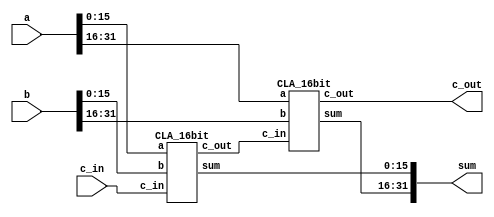
`timescale 1ps/1ps

module Add(input[31:0] a, input[31:0] b, input c_in, output[31:0] sum, output c_out);

	wire c_out1;        
	CLA_16bit CLA1 (.a(a[15:0]), .b(b[15:0]), .c_in(c_in), .sum(sum[15:0]), .c_out(c_out1));
	CLA_16bit CLA2 (.a(a[31:16]), .b(b[31:16]), .c_in(c_out1), .sum(sum[31:16]), .c_out(c_out));

endmodule



module CLA_16bit(input [15:0] a, input [15:0] b, input c_in, output [15:0] sum, output c_out);
   
    parameter k = 1'b1;
    wire [3:0] p, g, c;

    CLA_4bit cla1(.a(a[3:0]), .b(b[3:0]), .c_in(c_in), .sum(sum[3:0]), .c_out(), .P(p[0]), .G(g[0]));
    CLA_4bit cla2(.a(a[7:4]), .b(b[7:4]), .c_in(c[1]), .sum(sum[7:4]), .c_out(), .P(p[1]), .G(g[1]));
    CLA_4bit cla3(.a(a[11:8]), .b(b[11:8]), .c_in(c[2]), .sum(sum[11:8]), .c_out(), .P(p[2]), .G(g[2]));
    CLA_4bit cla4(.a(a[15:12]), .b(b[15:12]), .c_in(c[3]), .sum(sum[15:12]), .c_out(), .P(p[3]), .G(g[3]));

    lookahead_carry_unit lcu(.p(p), .g(g), .c_in(c_in), .c(c), .c_out(c_out));
endmodule


module CLA_4bit(input [3:0] a,input [3:0] b, input c_in, output [3:0] sum, output c_out, P, G);

    wire [3:0] p, g;       
    wire [3:0] c;          

    assign p = a ^ b;       // assign values to propagate bits
    assign g = a & b;       // assign values to generate bits

    // compute the carry bits
    assign c[0] = c_in;
    assign c[1] = g[0] | (p[0] & c_in);
    assign c[2] = g[1] | (p[1] & g[0]) | (p[1] & p[0] & c_in);
    assign c[3] = g[2] | (p[2] & g[1]) | (p[2] & p[1] & g[0]) | (p[2] & p[1] & p[0] & c_in);

    // compute the sum
    assign sum = p ^ c;

    // compute block propagate and generate for the next level
    assign P = p[3] & p[2] & p[1] & p[0];
    assign G = g[3] | (p[3] & g[2]) | (p[3] & p[2] & g[1]) | (p[3] & p[2] & p[1] & g[0]);
    
    // assign c_out
    assign c_out = G + (P & c_in);
endmodule





module lookahead_carry_unit(input [3:0] p, input [3:0] g, input c_in, output [3:0] c, output c_out);

    assign c[0] = c_in;
    assign c[1] = g[0] | (p[0] & c[0]);
    assign c[2] = g[1] | (p[1] & g[0]) | (p[1] & p[0] & c[0]);
    assign c[3] = g[2] | (p[2] & g[1]) | (p[2] & p[1] & g[0]) | (p[2] & p[1] & p[0] & c[0]);
    assign c_out = g[3] | (p[3] & g[2]) | (p[3] & p[2] & g[1]) | (p[3] & p[2] & p[1] & g[0]) | (p[3] & p[2] & p[1] & p[0] & c[0]);

endmodule




module Shifter(
	input signed [31:0] a, 
	input  shiftamt,
	input op1, 
	input op2,
	output reg [31:0] res
   );
	 
	// if op1 == 0 && op2 == 0, then it corresponds to shll
	// if op1 == 1 && op2 == 0, then it corresponds to shrl
	// if op1 == 0 && op2 == 1, then it corresponds to shra
  	// if op1 == 1 && op2 == 1, then it corresponds to shla
  	
	
	always @(*)
		begin
			if(!op1 && !op2) 
			begin
				res = a << shiftamt;
			end
			else if(op1 && !op2)
			begin
				res = a >> shiftamt;
			end
			else if(!op1 && op2)
			begin
				res = a >>> shiftamt;
			end
			else
			begin
				res = a<<< shiftamt;
			end
		end
endmodule




module adder(
    input wire [31:0] a,
    input wire [31:0] b,
    output wire [31:0] out
);
    assign out = a + b;
endmodule





module ALU(input signed[31:0] a, input signed[31:0] b, input[3:0] ALUSel,input wire en,output reg[31:0] result);

	wire[31:0] adderRes;
  	wire[31:0] subRes;
	wire[31:0] xorRes;
	wire[31:0] andRes;
	wire[31:0] shiftRes;
  	wire[31:0] orRes;
 	wire [31:0] notRes;
	wire carry_out1;
  	wire carry_out2;
	wire[31:0] onesComp;

	// for addition
  Add add1(.a(a), .b(b), .c_in(1'b0), .sum(adderRes), .c_out(carry_out1));

	// for substraction 
	assign onesComp = ~b;
  Add sub1(.a(a), .b(onesComp), .c_in(1'b1),.sum(subRes), .c_out(carry_out2));

	// for XOR, AND,OR,NOT
	assign xorRes = a^b;
	assign andRes = a&b;
  	assign orRes  = a|b;  
  	assign notRes= ~a;

  // for shifting 'a' by 'b[0]'
  Shifter shift1(.a(a), .shiftamt(b[0]), .op1(ALUSel[0]), .op2(ALUSel[1]), .res(shiftRes));

	


	always @(*) 
		begin
			case (ALUSel)
				4'b0000: begin
					result = adderRes;
					// carry = carry_out1;
				end
				4'b0001:begin
                  result = subRes;
                //   carry = carry_out2;
                end
				4'b0010: result = andRes;
				4'b0011: result = xorRes;
              	4'b0100: result = orRes;
              	4'b0101: result = notRes;
				4'b0110: result = a <<< b[0]; 
				4'b0111: result = a << b[0];
				4'b1000: result = a >>> b[0];
              	4'b1001: result = a >> b[0];
              4'b1010: result = a+{b[29:0],2'b00};
				default: result = a;
			endcase
		end

	

endmodule


 module mux
  
  (
    input wire signed [31:0] a, b,
input wire s,
    output wire signed [31:0] out      
);
   assign out = (s)? b : a;

  endmodule



module signext (
    input wire [15:0] a,
    output wire [31:0] y
);

assign y = {{16{a[15]}},a};
endmodule

module COMPARE(lt,gt,eq,data1,data2);

input signed [31:0] data1,data2;
output lt,gt,eq;

assign lt=data1<data2;
assign gt=data1>data2;
assign eq=data1==data2;

endmodule

module condition (
    output wire y,
    input wire [1:0] opcond,
    input wire [31:0] a
);

wire lt,gt,eq;
  
COMPARE cmp (lt,gt,eq,a,32'h00000000);

assign y =  (~opcond[1] & ~opcond[0] & gt) |
            (~opcond[1] & opcond[0] & lt)  |
            (opcond[1] & ~opcond[0] & eq)  |
            (opcond[1] & opcond[0] & 1'b0) ;

endmodule

module data_mem (
    input wire [9:0] inaddress,
    input wire clk,reset,
    input wire write,read,
    input wire [31:0] addr,
    input wire [31:0] din,
    output wire [31:0] dout,
    output wire [15:0] outdata
);
   
reg signed [31:0] dmem[0:1023];
 
always @(posedge clk)
begin
     if(write == 1)
        dmem[addr[9:0]] <= din;
end

assign outdata= dmem[inaddress];
assign dout = (read)? dmem[addr[9:0]] : 32'bx;
endmodule


module instructionmem (
    input read,
    input wire [5:0] addr,
    output wire [31:0] I
);
   
reg [31:0] imem[0:63];
  
 
initial
begin

     // gcd code  finds gcd of 39 and 52
    imem[0]=32'h40010027;
    imem[1]=32'h40020034;
    imem[2]=32'h88010000;
    imem[3]=32'h88020001;
    imem[4]=32'h00221802;
    imem[5]=32'hC4630003;
    imem[6]=32'hC8630006;
    imem[7]=32'hCC630008;
    imem[8]=32'hFFFFFFFF;
    imem[9]=32'h00411802;
    imem[10]=32'h68620000;
    imem[11]=32'hC3FFFFF8;
    imem[12]=32'hFFFFFFFF;
    imem[13]=32'h68610000;
    imem[14]=32'hC3FFFFF5;
    imem[15]=32'hFFFFFFFF;
    imem[16]=32'h88010002;
    imem[17]=32'hFFFFFFFF;

end


assign I = (read)? imem[addr] : 32'bx;
endmodule

module register (
input wire clk,reset,ld,
    input wire signed [31:0] din,
output reg signed [31:0] dout
);

    initial begin
            dout<=32'b0;
            end

always @(posedge clk)
    begin
       
         if(ld)
            dout<=din;
    end

endmodule


module reg_bank (
    input wire clk,write,reset,
    input wire  [4:0] sr1,sr2,dr,
    input wire signed [31:0] wrData,
    output wire signed[31:0] rData1,rData2
);
  reg signed[31:0] regfile[0:15];
integer k;

initial begin
regfile[0] <= 32'b0;
    regfile[1] <= 32'b0;
regfile[2] <= 32'b0;
regfile[3] <= 32'b0;
regfile[4] <= 32'b0;
regfile[5] <= 32'b0;
regfile[6] <= 32'b0;
regfile[7] <= 32'b0;
regfile[8] <= 32'b0;
regfile[9] <= 32'b0;
regfile[10] <= 32'b0;
regfile[11] <= 32'b0;
regfile[12] <= 32'b0;
regfile[13] <= 32'b0;
regfile[14] <= 32'b0;
regfile[15] <= 32'b0;


end
assign rData1 = regfile[sr1];
assign rData2 = regfile[sr2];

always @(posedge clk)

begin
if(write)
begin
if(dr == 3'b000)
regfile[dr] <= 32'b0;
else
regfile[dr] <= wrData;


end
end

   
endmodule


module PC (
input wire clk,reset,ld,
    input wire signed [31:0] din,
output reg signed [31:0] dout
);

    initial begin
            dout<=32'b0;
            end

always @(posedge clk)
    begin
       
         if(ld)
            dout<=din;
    end

endmodule

module NPC (
input wire clk,reset,ld,
    input wire signed [31:0] din,
output reg signed [31:0] dout
);

    initial begin
            dout<=32'b0;
            end

always @(posedge clk)
    begin
       
         if(ld)
            dout<=din;
    end

endmodule


module 	LMD (
input wire clk,reset,ld,
    input wire signed [31:0] din,
output reg signed [31:0] dout
);

    initial begin
            dout<=32'b0;
            end

always @(posedge clk)
    begin
       
         if(ld)
            dout<=din;
    end

endmodule






module datapath(
      input wire [9:0] inaddress,
    input wire clk,reset,
    
    input wire readim,ldir,ldnpc,
    input wire ldA,ldB,ldimm,
    input wire [1:0] opcond,
    input wire alusel1,alusel2,aluen,ldaluout,
    input wire [3:0] alufunc,
    input wire seldest,regwrite,writedmem,readdmem,ldlmd,
    input wire selwb,branch,ldpc,

    output wire [31:0] irout,aluout,
    output wire [31:0] writedata,
     output wire [15:0] outdata
    
);

// wires 
wire [31:0] pcout,npcout,Aout,Bout,immout,lmdout;
wire [31:0] instr,pcplus4,pcbranch,pcnext;
wire [31:0] Ain,Bin,imm;
wire [31:0] destadd;
wire [31:0] aluin1,aluin2,result;
wire [31:0] dmemout,memmuxout;


condition cond(selmem,opcond,Aout); // Condition for Branching
mux muxalu1(npcout,Aout,alusel1,aluin1); // Mux for ALU Input 1
mux muxalu2(Bout,immout,alusel2,aluin2); // Mux for ALU Input 2
  
  
PC pcreg(clk,reset,ldpc,pcnext,pcout); // Program Counter Register
instructionmem imem(readim,pcout[7:2],instr); // Instruction Memory
register irreg(clk,reset,ldir,instr,irout);
adder addpc(pcout,32'b00000100,pcplus4); // Adder for PC + 4
NPC npcreg(clk,reset,ldnpc,pcplus4,npcout); // Next Program Counter Register
adder bradd(npcout,{{4{irout[25]}}, irout[25:0], 2'b00},pcbranch); // Branch Address Calculation
mux muxbr(memmuxout,pcbranch,branch,pcnext); // Mux for Branching


mux destmux({27'b0,irout[15:11]},{27'b0,irout[20:16]},seldest,destadd); // Mux for Destination Address
reg_bank rbank(clk,regwrite,reset,irout[25:21],irout[20:16],destadd[4:0],writedata,Ain,Bin); // Register Bank
signext ext(instr[15:0],imm); // Sign Extend
register A(clk,reset,ldA,Ain,Aout); // Register A
register B(clk,reset,ldB,Bin,Bout); // Register B
register immreg(clk,reset,ldimm,imm,immout); // Immediate Register
ALU alu(aluin1,aluin2,alufunc,aluen,result); // Arithmetic Logic Unit
register aluoutreg(clk,reset,ldaluout,result,aluout); // ALU Output Register


data_mem dmem(inaddress,clk,reset,writedmem,readdmem,aluout,Bout,dmemout,outdata); // Data Memory
LMD lmdreg(clk,reset,ldlmd,dmemout,lmdout); // Load Memory Data Register
mux memmux(npcout,aluout,selmem,memmuxout); // Mux for Memory Access


mux wbmux(lmdout,aluout,selwb,writedata); // Mux for Writeback

endmodule


module Maincontrol (
    input wire clk,reset,
    input wire [31:0] irout,

    output wire readim,ldir,ldnpc,
    output wire ldA,ldB,ldimm,
    output wire [1:0] opcond,
    output wire alusel1,alusel2,aluen,ldaluout,
    output wire [3:0] alufunc,
    output wire seldest,regwrite,writedmem,readdmem,ldlmd,
    output wire selwb,branch,ldpc
);

parameter IF = 3'b000, ID = 3'b001, EX = 3'b010, MEM = 3'b011, WB = 3'b100, HLT = 3'b101;
reg [2:0] state;
reg [23:0] control_signals;
assign {readim,ldir,ldnpc,ldA,ldB,ldimm,opcond,alusel1,alusel2,aluen,ldaluout,
        alufunc,seldest,regwrite,writedmem,readdmem,ldlmd,selwb,branch,ldpc} = control_signals;

always @(posedge clk, negedge reset) begin
   
    if(reset)
        control_signals <= 24'b0;
    else
        begin
            case (state)
                IF: begin
                    #1
                    if(irout == 32'hffffffff)
                    begin
                        control_signals <= 24'b0;
                        state <= HLT;
                    end
                    else
                        begin
                            control_signals[23:21] <= 3'b111;
                            control_signals[20:0]  <= 21'b0;
                            state <= ID;
                        end
                    end
                ID: begin
                    #1  
                        control_signals[20:18] <= 3'b111;
                        state <= EX;
                    end
                EX: begin
                    #1  
                        case (irout[31:30])
                            2'b00 :
                                begin
                                    control_signals[17:16] <= 2'b11;
                                    control_signals[15:13] <= 3'b101;
                                    case (irout[5:0])
                                        6'b000001 : control_signals[11:8] <= 4'b0000; // ADD
                                        6'b000010 : control_signals[11:8] <= 4'b0001; // SUB
                                        6'b000011 : control_signals[11:8] <= 4'b0010; // AND
                                        6'b000100 : control_signals[11:8] <= 4'b0011; // OR
                                        6'b000101 : control_signals[11:8] <= 4'b0100; // XOR
                                        6'b000110 : control_signals[11:8] <= 4'b0101; // NOT
                                        6'b000111 : control_signals[11:8] <= 4'b0110; // SLA
                                        6'b001000 : control_signals[11:8] <= 4'b0111; // SLL
                                        6'b001001 : control_signals[11:8] <= 4'b1000; // SRA
                                        6'b001010 : control_signals[11:8] <= 4'b1001; // SRL
                                    endcase
                                end
                            2'b01 :
                                begin
                                    control_signals[17:16] <= 2'b11;
                                    control_signals[15:13] <= 3'b111;
                                    case (irout[31:26])
                                        6'b010000 : control_signals[11:8] <= 4'b0000; // ADDI
                                        6'b010001 : control_signals[11:8] <= 4'b0001; // SUBI
                                        6'b010010 : control_signals[11:8] <= 4'b0010; // ANDI
                                        6'b010011 : control_signals[11:8] <= 4'b0011; // ORI
                                        6'b010100 : control_signals[11:8] <= 4'b0100; // XORI
                                        6'b010101 : control_signals[11:8] <= 4'b0101; // NOTI
                                        6'b010110 : control_signals[11:8] <= 4'b0110; // SLAI
                                        6'b010111 : control_signals[11:8] <= 4'b0111; // SLLI
                                        6'b011000 : control_signals[11:8] <= 4'b1000; // SRAI
                                        6'b011001 : control_signals[11:8] <= 4'b1001; // SRLI
                                        6'b011010 : control_signals[11:8] <= 4'b0000; // MOVE
                                    endcase    
                                end
                            2'b10 :
                                begin
                                    control_signals[17:16] <= 2'b11;
                                    control_signals[15:13] <= 3'b111;
                                    case (irout[31:26])
                                        6'b100001 : control_signals[11:8] <= 4'b0000; // LD
                                        6'b100010 : control_signals[11:8] <= 4'b0000; // ST
                                    endcase
                                end
                            2'b11 :
                                begin
                                    control_signals[15:13] <= 3'b011;
                                    case (irout[31:26])
                                        6'b110000 : {control_signals[17:16],control_signals[11:8]} <= {2'b11,4'b1010}; // BR
                                        6'b110001 : {control_signals[17:16],control_signals[11:8]} <= {2'b01,4'b1010}; // BMI
                                        6'b110010 : {control_signals[17:16],control_signals[11:8]} <= {2'b00,4'b1010}; // BPL
                                        6'b110011 : {control_signals[17:16],control_signals[11:8]} <= {2'b10,4'b1010};  // BZ
                                    endcase  
                                end
                        endcase
                        #2 control_signals[12] <= 1'b1;
                        state <= MEM;
                    end
                MEM:begin
                    #1
                        case (irout[31:26])
                            6'b100001 : control_signals[5:3] <= 3'b011; // LD
                            6'b100010 : control_signals[5:3] <= 3'b100; // ST
                        endcase
                        if(irout[31:26] == 6'b110000)
                            control_signals[1:0] <= 2'b11;
                        else
                            control_signals[1:0] <= 2'b01;
                        state <= WB;
                    end
                WB: begin
                    #1
                        case (irout[31:30])
                            2'b00 : {control_signals[7:6],control_signals[2]} <= 3'b011;
                            2'b01 : {control_signals[7:6],control_signals[2]} <= 3'b111;
                            2'b10 :
                                begin
                                    case (irout[31:26])
                                        6'b100001 : {control_signals[7:6],control_signals[2]} <= 3'b110; // LD
                                        6'b100010 : {control_signals[7:6],control_signals[2]} <= 3'b001; // ST
                                    endcase
                                end
                            2'b11 : {control_signals[7:6],control_signals[2]} <= 3'b000;
                            default: {control_signals[7:6],control_signals[2]} <= 3'b000;
                        endcase
                        state <= IF;
                    end
                HLT:begin
                        #1  control_signals <= 24'b0;
                            state <= HLT;
                    end
                default: state <= IF;
            endcase
        end
end
endmodule


module risc_processor (
    input wire clk,reset,
    input wire [9:0] inaddress,
//    output wire [31:0] writedata,
    output wire [15:0] outdata
    
);
wire readim,ldir,ldnpc;
wire ldA,ldB,ldimm;
wire [1:0] opcond;
wire alusel1,alusel2,aluen,ldaluout;
wire [3:0] alufunc;
wire seldest,regwrite,writedmem,readdmem,ldlmd;
wire selwb,branch,ldpc;
wire [31:0] irout,aluout;

wire [31:0] writedata;


datapath dpath(inaddress,clk,reset,readim,ldir,ldnpc,ldA,ldB,ldimm,opcond,alusel1,alusel2,aluen,ldaluout,alufunc,seldest,regwrite,writedmem,readdmem,ldlmd,selwb,branch,ldpc,irout,aluout,writedata,outdata);
  
  
Maincontrol ctrl(clk,reset,irout,readim,ldir,ldnpc,ldA,ldB,ldimm,opcond,alusel1,alusel2,aluen,ldaluout,alufunc,seldest,regwrite,writedmem,readdmem,ldlmd,selwb,branch,ldpc);

endmodule